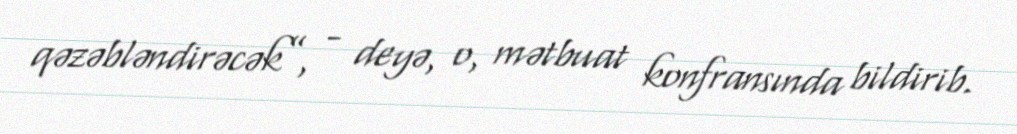
qəzəbləndirəcək”, - deyə, o, mətbuat konfransında bildirib.